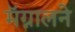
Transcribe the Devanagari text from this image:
मॅग्नालने